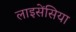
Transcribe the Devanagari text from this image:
लाइसेंसिया